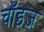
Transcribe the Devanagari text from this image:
चॉइज़